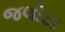
જલોટા